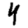
Digit: 4